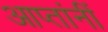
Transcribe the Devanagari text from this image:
आप्तांनीं